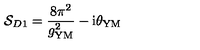
{ \cal S } _ { D 1 } = \frac { 8 \pi ^ { 2 } } { g _ { \mathrm { Y M } } ^ { 2 } } - \mathrm { i } \theta _ { \mathrm { Y M } }